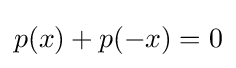
p(x)+p(-x)=0